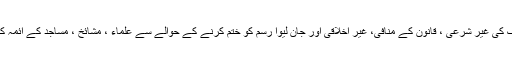
محمد عثمان ٹیپو نے کہا کہ چاند رات پر ہوائی فائرنگ کی غیر شرعی ، قانون کے منافی، غیر اخلاقی اور جان لیوا رسم کو ختم کرنے کے حوالے سے علماء ، مشائخ ، مساجد کے آئمہ کرام اور علاقہ عمائدین کی خدمات حاصل کی جائیگی ۔